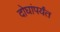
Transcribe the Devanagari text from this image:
दोघांपर्यंत